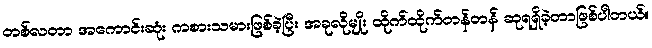
တစ်လတာ အကောင်းဆုံး ကစားသမားဖြစ်ခဲ့ပြီး အခုလိုမျိုး ထိုက်ထိုက်တန်တန် ဆုရရှိခဲ့တာဖြစ်ပါတယ်။